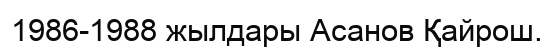
1986-1988 жылдары Асанов Қайрош.